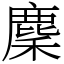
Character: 麇